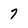
Character: 7